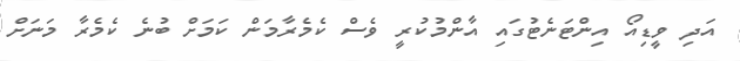
އަދި ވީޑިއޯ އިންޓަނެޓުގައި އާންމުކުރީ ވެސް ކެމެރާމަން ކަމަށް ބުނެ ކެމެރާ މަނަށް